Reports on dispensaries and lunatic asylums in the Province of Oudh - 1869-1876
Year: 1869
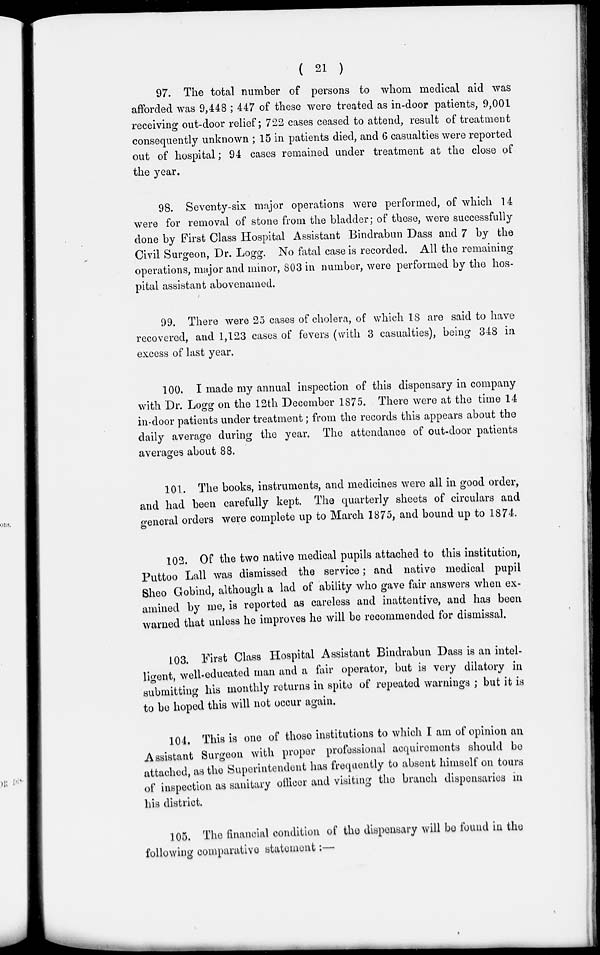
( 21 )
97. The total number of persons to whom medical aid was
afforded was 9,448 ; 447 of these were treated as in-door patients, 9,001
receiving out-door relief; 722 cases ceased to attend, result of treatment
consequently unknown ; 15 in patients died, and 6 casualties were reported
out of hospital; 94 cases remained under treatment at the close of
the year.
98. Seventy-six major operations were performed, of which 14
were for removal of stone from the bladder; of these, were successfully
done by First Class Hospital Assistant Bindrabun Dass and 7 by the
Civil Surgeon, Dr. Logg. No fatal case is recorded. All the remaining
operations, major and minor, 803 in number, were performed by the hos-
pital assistant abovenamed.
99. There were 25 cases of cholera, of which 18 are said to have
recovered, and 1,123 cases of fevers (with 3 casualties), being 348 in
excess of last year.
100. I made my annual inspection of this dispensary in company
with Dr. Logg on the 12th December 1875. There were at the time 14
in-door patients under treatment; from the records this appears about the
daily average during the year. The attendance of out-door patients
averages about 88.
101. The books, instruments, and medicines were all in good order,
and had been carefully kept. The quarterly sheets of circulars and
general orders were complete up to March 1875, and bound up to 1874.
102. Of the two native medical pupils attached to this institution,
Puttoo Lall was dismissed the service; and native medical pupil
Sheo Gobind, although a lad of ability who gave fair answers when ex-
amined by me, is reported as careless and inattentive, and has been
warned that unless he improves he will be recommended for dismissal.
103. First Class Hospital Assistant Bindrabun Dass is an intel-
ligent, well-educated man and a fair operator, but is very dilatory in
submitting his monthly returns in spite of repeated warnings ; but it is
to be hoped this will not occur again.
104. This is one of those institutions to which I am of opinion an
Assistant Surgeon with proper professional acquirements should be
attached, as the Superintendent has frequently to absent himself on tours
of inspection as sanitary officer and visiting the branch dispensaries in
his district.
105. The financial condition of the dispensary will be found in the
following comparative statement:—